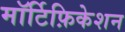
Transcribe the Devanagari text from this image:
मॉर्टिफ़िकेशन